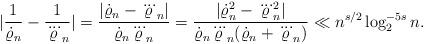
LaTeX: \begin{align*} | \frac{1}{\dot{\varrho}_n} - \frac{1}{\dddot{\varrho}_n} | = \frac{ | \dot{\varrho}_n - \dddot{\varrho}_n |}{\dot{\varrho}_n \dddot{\varrho}_n} = \frac{ |\dot{\varrho}_n^2- \dddot{\varrho}_n^2| } {\dot{\varrho}_n \dddot{\varrho}_n (\dot{\varrho}_n+ \dddot{\varrho}_n)} \ll n^{s/2} \log_2^{-5s} n.\end{align*}